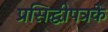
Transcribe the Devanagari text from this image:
प्रसिद्धीपत्रके